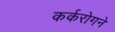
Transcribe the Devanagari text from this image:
कर्करोगने